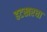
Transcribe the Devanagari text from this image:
हटखरघा